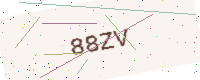
Text: 88ZV